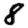
Digit: 8